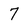
Character: 7